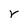
Character: r